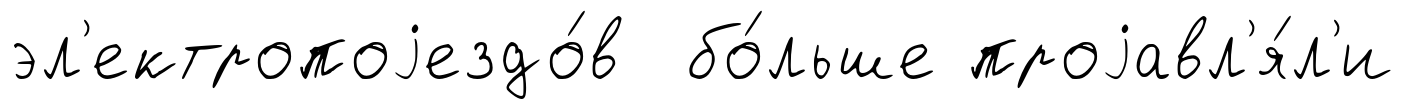
эл'ектропоjездо́в бо́льше проjавл'я́л'и